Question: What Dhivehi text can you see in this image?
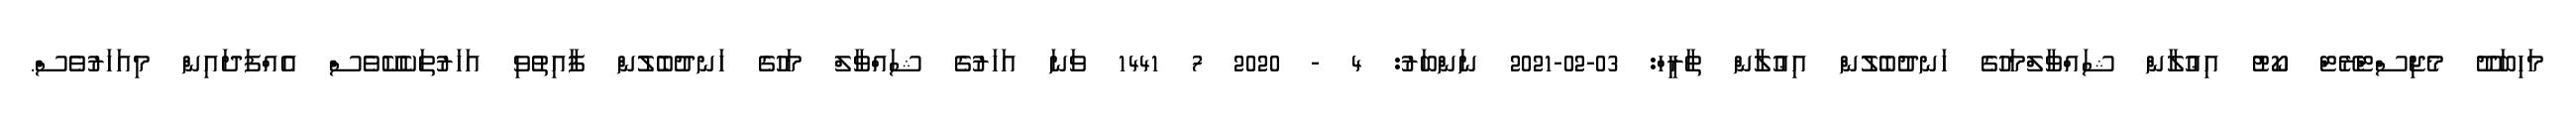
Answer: މަހިބަދޫ މެޖިސްޓްރޭޓް ކޯޓު އިޢުލާން ޝައްވާލްމަހުގެ ހަނދުބެލުން އިޢުލާން ތާރީހް: 03-02-2021 ނަންބަރު: 4 - 2020 7 1441 ވަނަ އަހަރުގެ ޝައްވާލް މަހުގެ ހަނދުބެލުން ފާއިތުވި އަހަރުތަކެކޭވެސް އެއްފަދައިން މިއަހަރުވެސް.